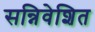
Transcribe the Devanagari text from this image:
सन्निवेशित